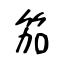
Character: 笳